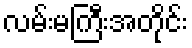
လမ်းမကြီးအတိုင်း